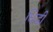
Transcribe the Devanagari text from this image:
धिंडी